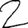
Digit: 2